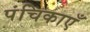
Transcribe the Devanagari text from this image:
पंचिकाएँ